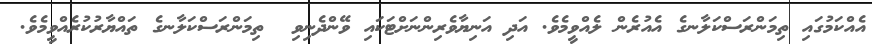
އެއްކަމުގައި ތިމަންރަސްކަލާނގެ އެއުރެން ލެއްވީމެވެ. އަދި އަނިޔާވެރިންނަށްޓަކައި ވޭންދެނިވި  ތިމަންރަސްކަލާނގެ ތައްޔާރުކުރެއްވީމެވެ.